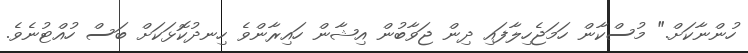
ހުންނާކަށް." މުސްކާން ހަމަޖެހިލާފައި ދިން ޖަވާބުން އިޝާން ހައިރާންވެ ހިނދުކޮޅަކަށް ބަސް ހުއްޓުނެވެ.